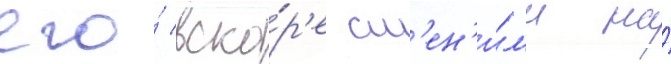
его́ вско́р'е см'ен'и́л'и на́